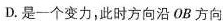
D.是一个变力，此时方向沿OB方向